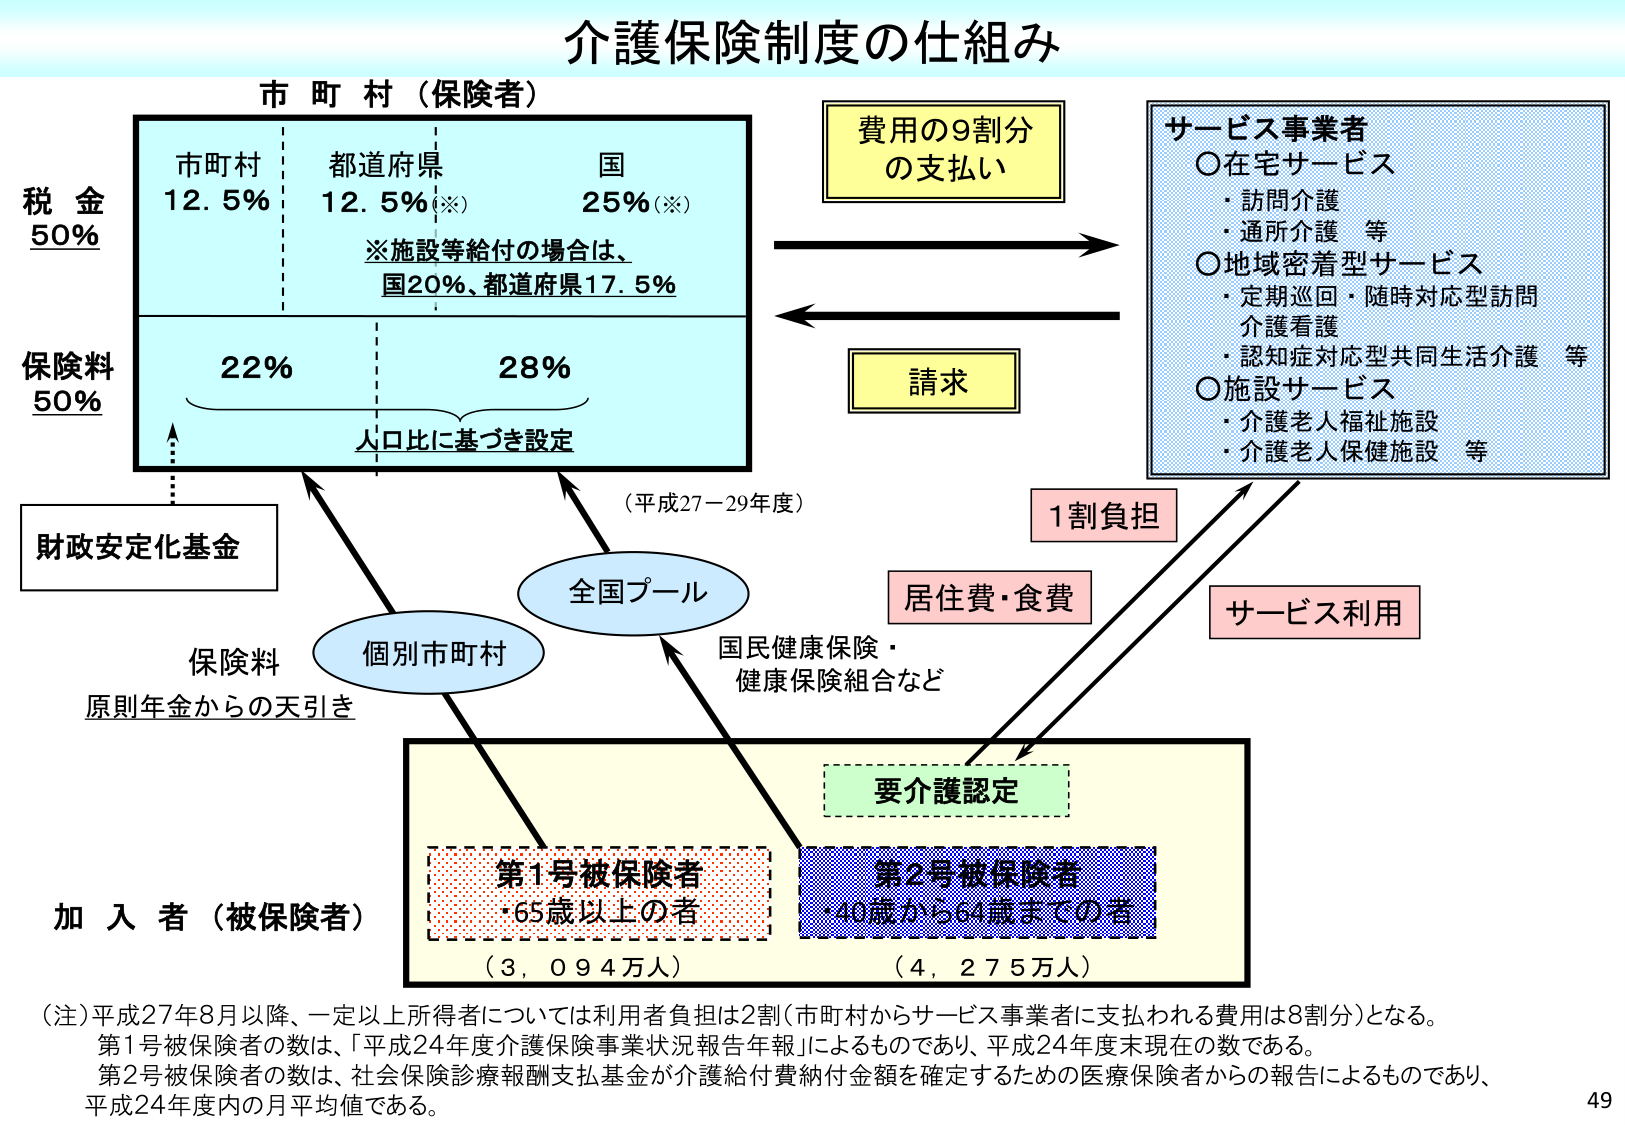
介護保険制度の仕組み

市 町 村（保険者）

税 金
50%
市町村 12.5%
都道府県 12.5%（※）
国 25%（※）
※施設等給付の場合は、
国20%、都道府県17.5%

保険料
50%
22% 28%
人口比に基づき設定

費用の9割分
の支払い

請求

サービス事業者
○在宅サービス
・訪問介護
・通所介護 等
○地域密着型サービス
・定期巡回・随時対応型訪問
介護看護
・認知症対応型共同生活介護 等
○施設サービス
・介護老人福祉施設
・介護老人保健施設 等

財政安定化基金

全国プール

個別市町村

保険料
原則年金からの天引き

（平成27－29年度）

国民健康保険・
健康保険組合など

要介護認定

第1号被保険者
・65歳以上の者
（3,094万人）

第2号被保険者
・40歳から64歳までの者
（4,275万人）

加入者（被保険者）

1割負担

居住費・食費

サービス利用

（注）平成27年8月以降、一定以上所得者については利用者負担は2割（市町村からサービス事業者に支払われる費用は8割分）となる。
第1号被保険者の数は、「平成24年度介護保険事業状況報告年報」によるものであり、平成24年度末現在の数である。
第2号被保険者の数は、社会保険診療報酬支払基金が介護給付費納付金額を確定するための医療保険者からの報告によるものであり、
平成24年度内の月平均値である。

49